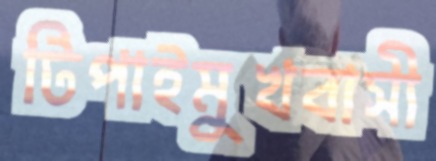
টিপাইমুখবাসী